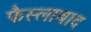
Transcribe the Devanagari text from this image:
फैस्लाबाद